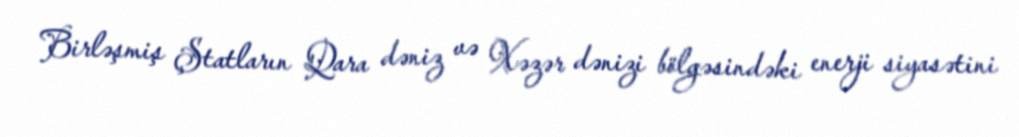
Birləşmiş Ştatların Qara dəniz və Xəzər dənizi bölgəsindəki enerji siyasətini